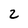
Character: 2